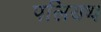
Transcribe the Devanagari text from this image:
पलियथ